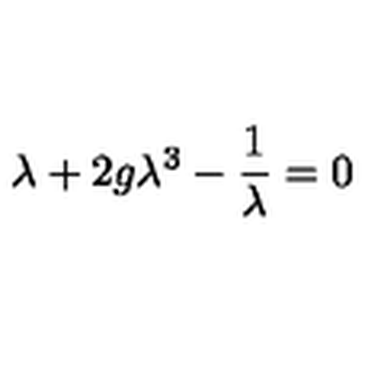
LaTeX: \lambda + 2 g \lambda ^ { 3 } - { \frac { 1 } { \lambda } } = 0